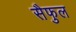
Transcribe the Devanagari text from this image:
सैफुल